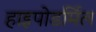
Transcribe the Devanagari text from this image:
हाइपोडर्मिल